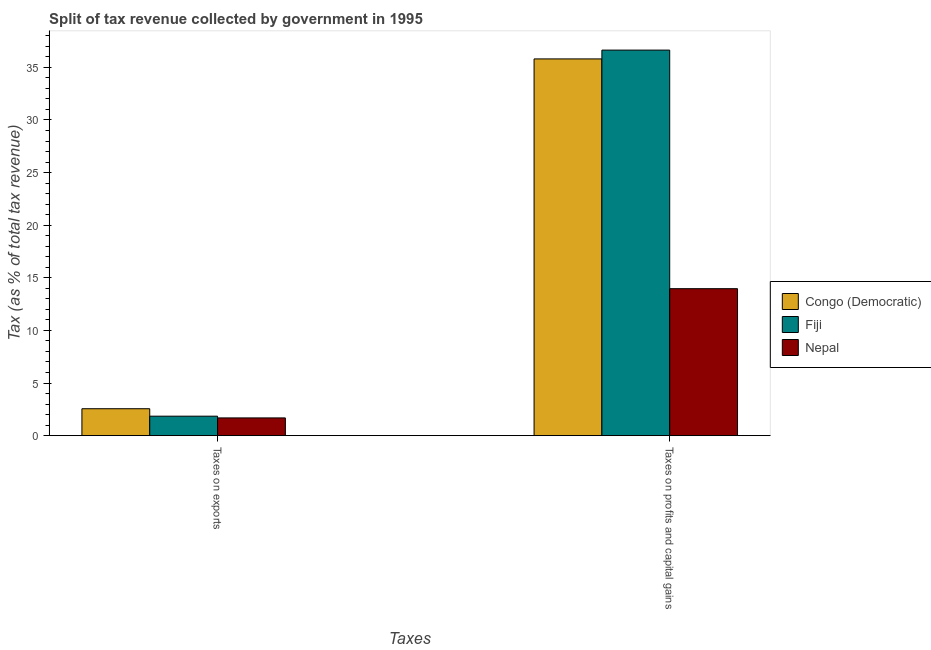
| Taxes | Congo (Democratic) | Fiji | Nepal |
 | --- | --- | --- | --- |
 | Taxes on exports | 2.56 | 1.85 | 1.69 |
 | Taxes on profits and capital gains | 35.8 | 36.6 | 14 |